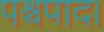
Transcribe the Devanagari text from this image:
पश्चपाद।